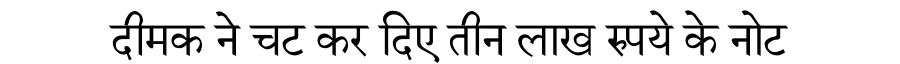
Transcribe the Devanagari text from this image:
दीमक ने चट कर दिए तीन लाख रुपये के नोट